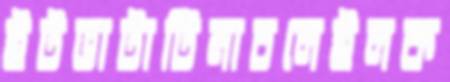
ইটভাটাটিনাচলেইলক